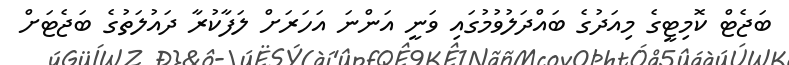
ބަޖެޓް ކޮމިޓީގެ މިއަދުގެ ބައްދަލުވުމުގައި ވަނީ އަންނަ އަހަރަށް ލަފާކުރާ ދައުލަތުގެ ބަޖެޓަށް